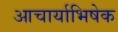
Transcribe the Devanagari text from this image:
आचार्याभिषेक